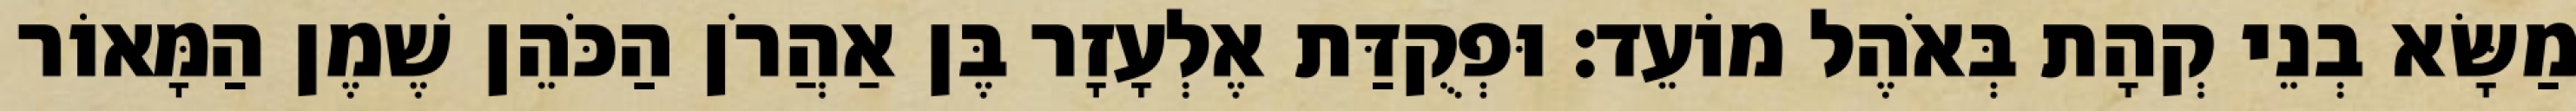
מַשָּׂא בְנֵי קְהָת בְּאֹהֶל מוֹעֵד׃ וּפְקֻדַּת אֶלְעָזָר בֶּן אַהֲרֹן הַכֹּהֵן שֶׁמֶן הַמָּאוֹר